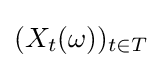
(X_{t}(\omega ))_{t\in T}